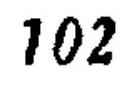
\(102\)